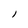
Character: l